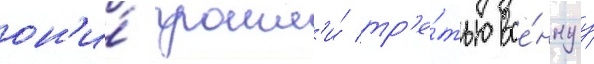
он'и́ прошл'и́ тр'е́тью вое́ннуу